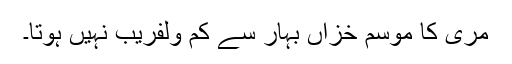
مری کا موسم خزاں بہار سے کم ولفریب نہیں ہوتا۔